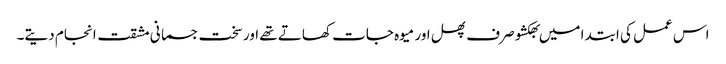
اس عمل کی ابتدا میں بھکشو صرف پھل اور میوہ جات کھاتے تھے اور سخت جسمانی مشقت انجام دیتے۔